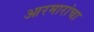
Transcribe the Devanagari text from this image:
आरमारांचा